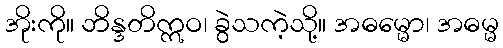
အိုးကို။ ဘိန္ဒတိဣဝ၊ ခွဲသကဲ့သို့။ အဓမ္မော၊ အဓမ္မ